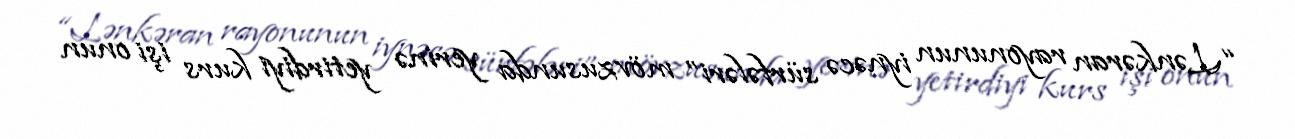
“Lənkəran rayonunun iynəcə sürfələri” mövzusunda yerinə yetirdiyi kurs işi onun